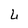
Character: L